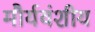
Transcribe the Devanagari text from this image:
मौर्यवंशीय